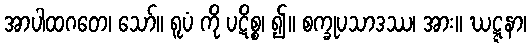
အာပါထဂတေ၊ သော်။ ရူပံ ကို ပဋိစ္စ၊ ၍။ စက္ခုပသာဒဿ၊ အား။ ဃဋ္ဋနာ၊